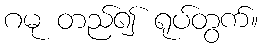
ဂမု တည်၍ ရုပ်တွက်။